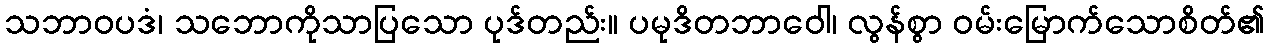
သဘာဝပဒံ၊ သဘောကိုသာပြသော ပုဒ်တည်း။ ပမုဒိတဘာဝေါ၊ လွန်စွာ ဝမ်းမြောက်သောစိတ်၏